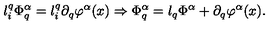
l _ { i } ^ { q } \Phi _ { q } ^ { \alpha } = l _ { i } ^ { q } \partial _ { q } \varphi ^ { \alpha } ( x ) \Rightarrow \Phi _ { q } ^ { \alpha } = l _ { q } \Phi ^ { \alpha } + \partial _ { q } \varphi ^ { \alpha } ( x ) .